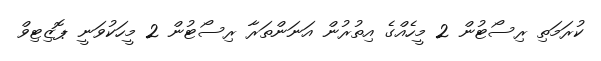
ކުރަމަތި ރިސޯޓުން 2 މީހެއްގެ އިތުރުން އަނަންތަރާ ރިސޯޓުން 2 މީހަކުވަނީ ޕޮޒިޓިވް